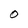
Character: 0